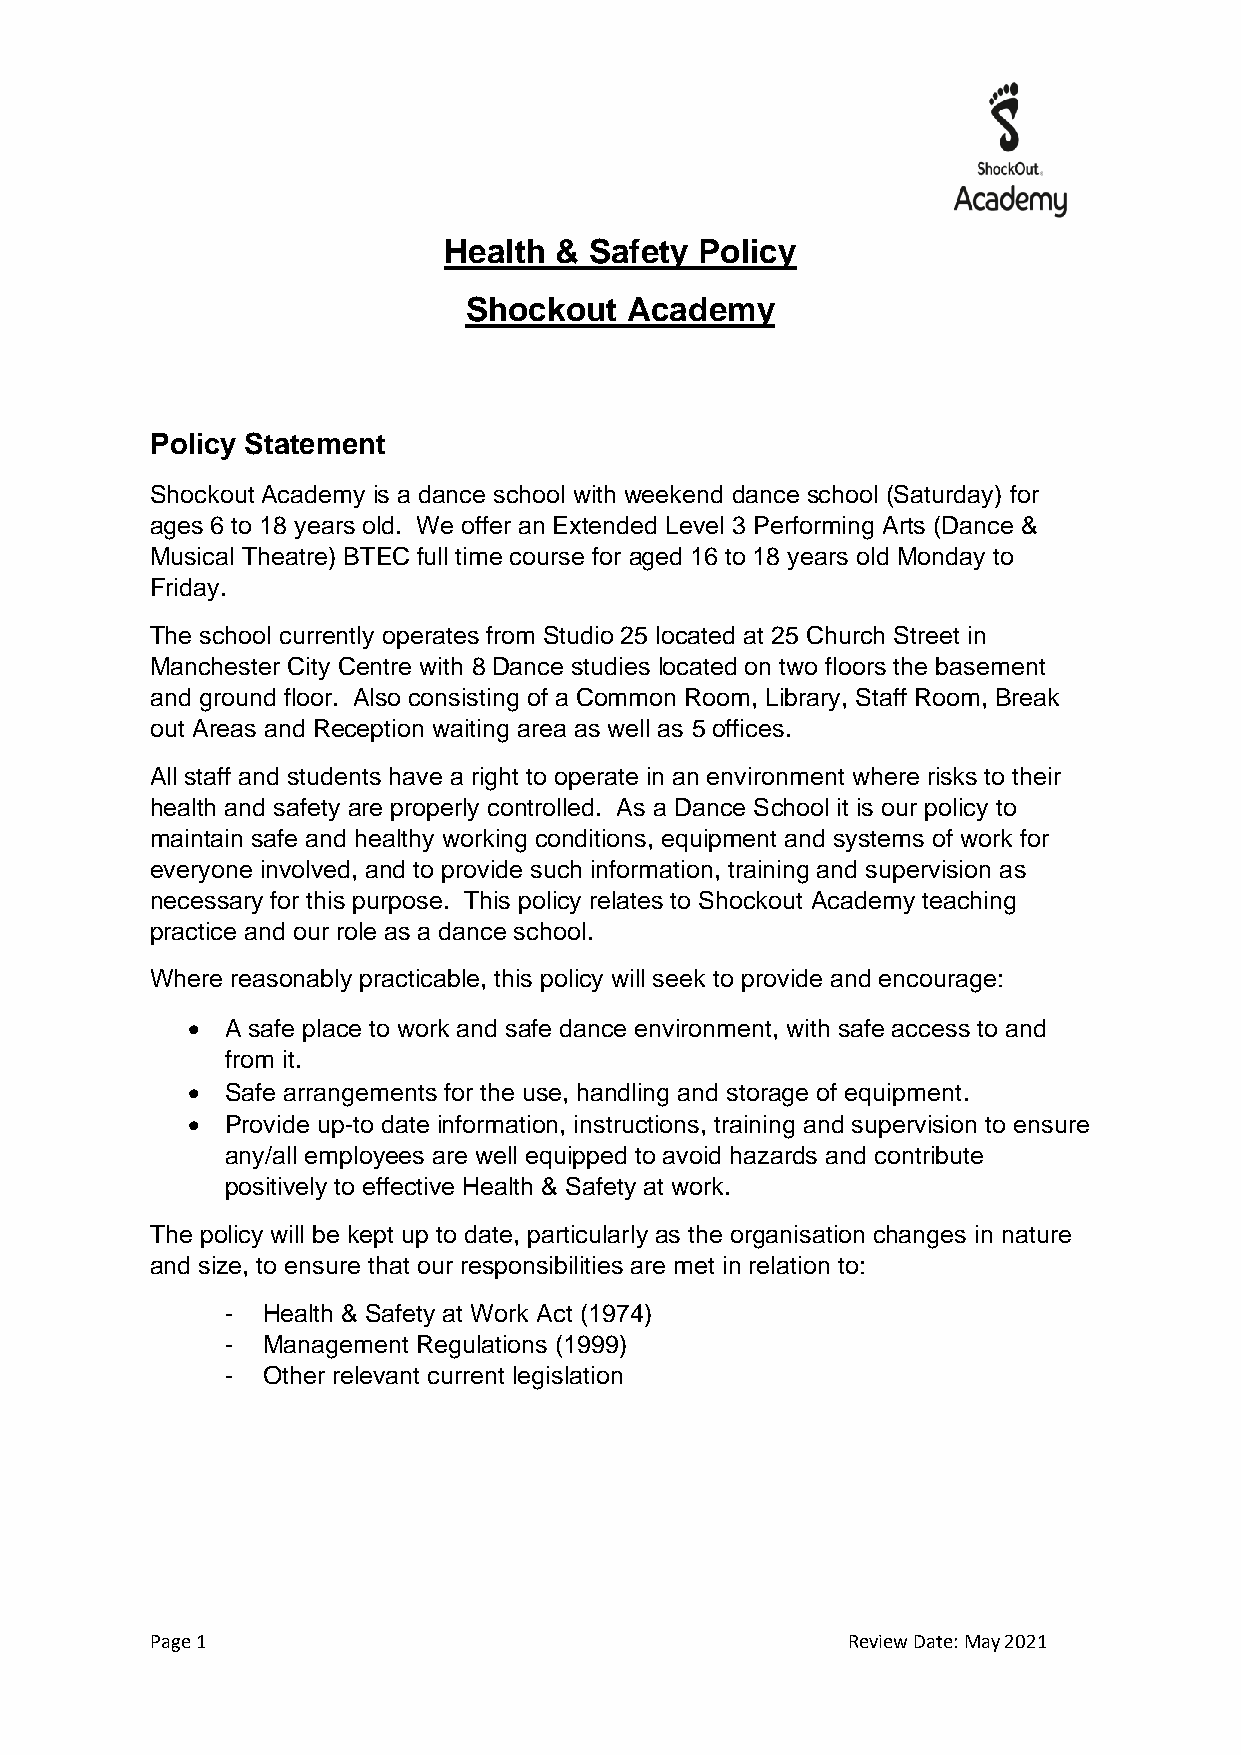
Health  & Safety Policy
 Shockout  Academy
 Policy Statement
 Shockout Academy is a dance school with weekend dance school (Saturday) for
 ages 6 to 18 years old. We offer an Extended Level 3 Performing Arts (Dance &
 Musical Theatre) BTEC full time course for aged 16 to 18 years old Monday to
 Friday.
 The school currently operates from Studio 25 located at 25 Church Street in
 Manchester City Centre with 8 Dance studies located on two floors the basement
 and ground floor. Also consisting of a Common Room, Library, Staff Room, Break
 out Areas and Reception waiting area as well as 5 offices.
 All staff and students have a right to operate in an environment where risks to their
 health and safety are properly controlled. As a Dance School it is our policy to
 maintain safe and healthy working conditions, equipment and systems of work for
 everyone involved, and to provide such information, training and supervision as
 necessary for this purpose. This policy relates to Shockout Academy teaching
 practice and our role as a dance school.
 Where reasonably practicable, this policy will seek to provide and encourage:
 •  A safe place to work and safe dance environment, with safe access to and
 from it.
 •  Safe arrangements for the use, handling and storage of equipment.
 •  Provide up-to date information, instructions, training and supervision to ensure
 any/all employees are well equipped to avoid hazards and contribute
 positively to effective Health & Safety at work.
 The policy will be kept up to date, particularly as the organisation changes in nature
 and size, to ensure that our responsibilities are met in relation to:
 - Health & Safety at Work Act (1974)
 - Management Regulations (1999)
 - Other relevant current legislation
 Page 1                                        Review Date: May 2021